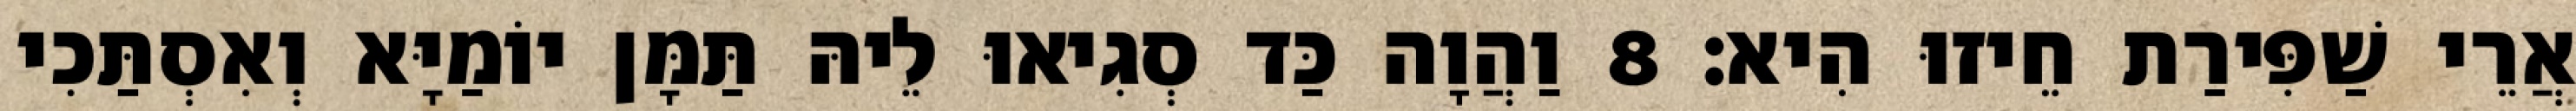
אֲרֵי שַׁפִּירַת חֵיזוּ הִיא׃ 8 וַהֲוָה כַּד סְגִיאוּ לֵיהּ תַּמָּן יוֹמַיָּא וְאִסְתַּכִי